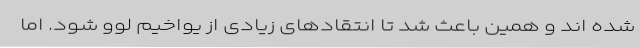
شده اند و همین باعث شد تا انتقادهای زیادی از یواخیم لوو شود. اما